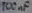
Text: 100µF